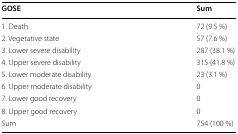
| GOSE | Sum |
 | --- | --- |
 | 1. Death | 72 (9.5 %) |
 | 2. Vegetative state | 57 (7.6 %) |
 | 3. Lower severe disability | 287 (38.1 %) |
 | 4. Upper severe disability | 315 (41.8 %) |
 | 5. Lower moderate disability | 23 (3.1 %) |
 | 6. Upper moderate disability | 0 |
 | 7. Lower good recovery | 0 |
 | 8. Upper good recovery | 0 |
 | Sum | 754 (100 %) |